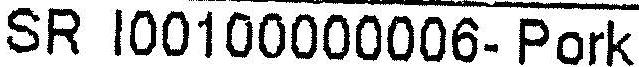
SR I00100000006- PORK